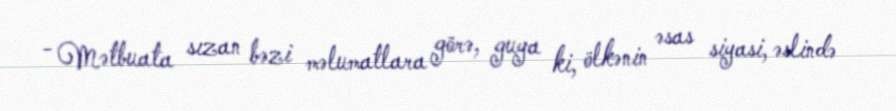
- Mətbuata sızan bəzi məlumatlara görə, guya ki, ölkənin əsas siyasi, əslində